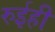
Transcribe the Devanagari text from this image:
रुईही